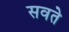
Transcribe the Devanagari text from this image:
सवते